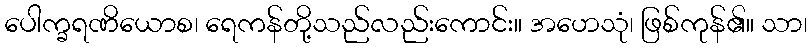
ပေါက္ခရဏိယောစ၊ ရေကန်တို့သည်လည်းကောင်း။ အဟေသုံ၊ ဖြစ်ကုန်၏။ သာ၊